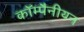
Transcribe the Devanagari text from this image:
कॉम्पैनीयन